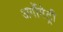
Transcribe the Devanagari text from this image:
अर्गोमेट्री